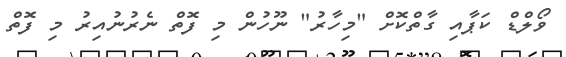
ވޯލްޑް ކަޕާއި ގާތްކޮށް "މިހާރު" ނޫހުން މި ފޮތް ނެރުނުއިރު މި ފޮތް